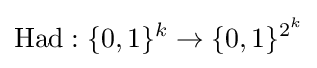
{\text{Had}}:\{0,1\}^{k}\to \{0,1\}^{2^{k}}